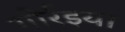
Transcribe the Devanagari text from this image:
गोर्रइया